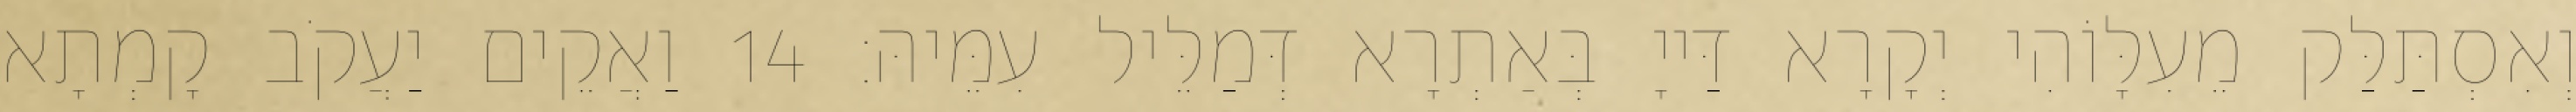
וְאִסְתַּלַּק מֵעִלָּוֹהִי יְקָרָא דַּייָ בְּאַתְרָא דְּמַלֵּיל עִמֵּיהּ׃ 14 וַאֲקֵים יַעֲקֹב קָמְתָא